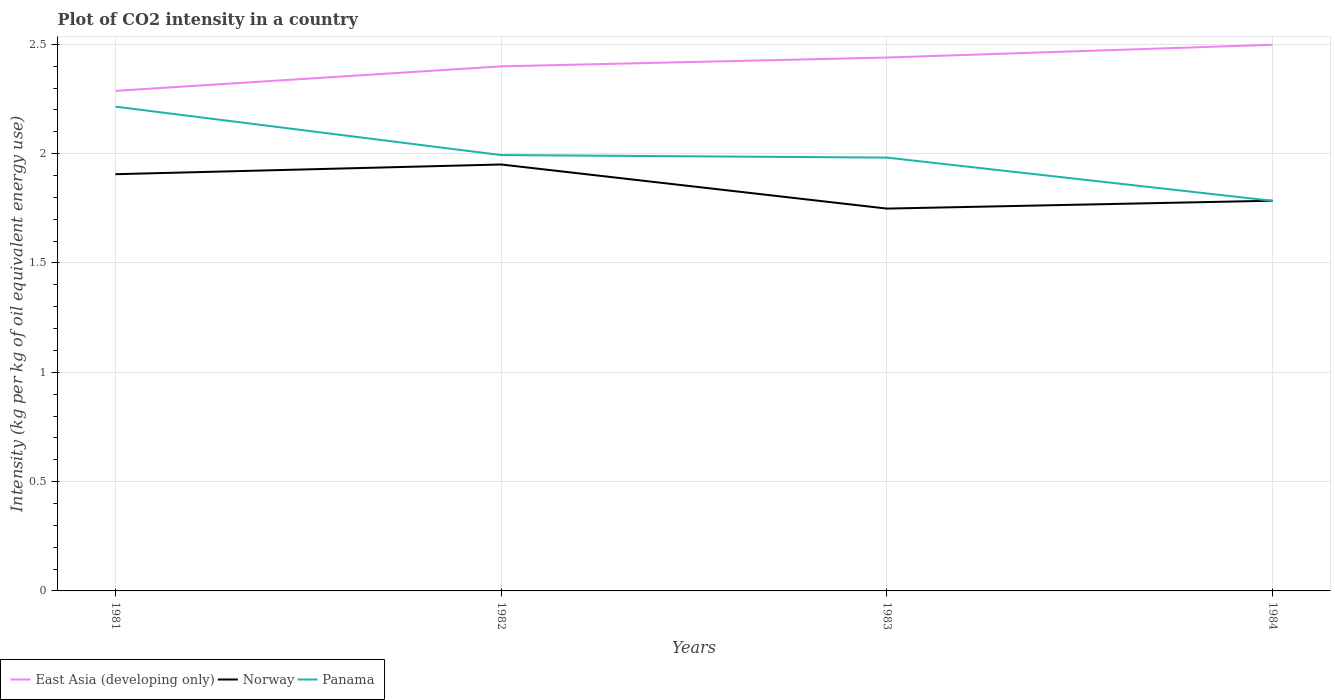
| Years | East Asia (developing only) | Norway | Panama |
 | --- | --- | --- | --- |
 | 1981 | 2.29 | 1.91 | 2.22 |
 | 1982 | 2.4 | 1.95 | 1.99 |
 | 1983 | 2.44 | 1.75 | 1.98 |
 | 1984 | 2.5 | 1.78 | 1.78 |